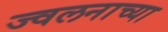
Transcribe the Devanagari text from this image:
ज्वलनाच्या